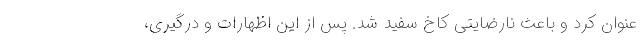
عنوان کرد و باعث نارضایتی کاخ سفید شد. پس از این اظهارات و درگیری،